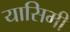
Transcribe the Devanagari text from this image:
यासिमी